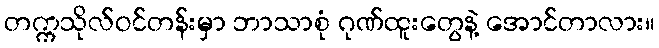
တက္ကသိုလ်ဝင်တန်းမှာ ဘာသာစုံ ဂုဏ်ထူးတွေနဲ့ အောင်တာလား။